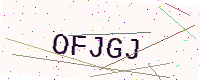
Text: OFJGJ